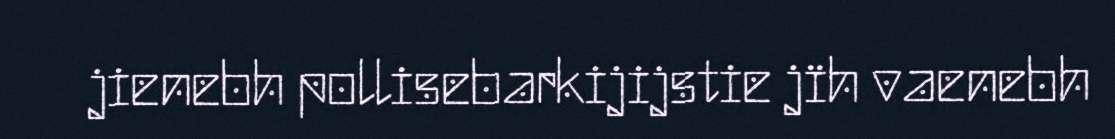
jienebh pollisebarkijijstie jïh vaenebh